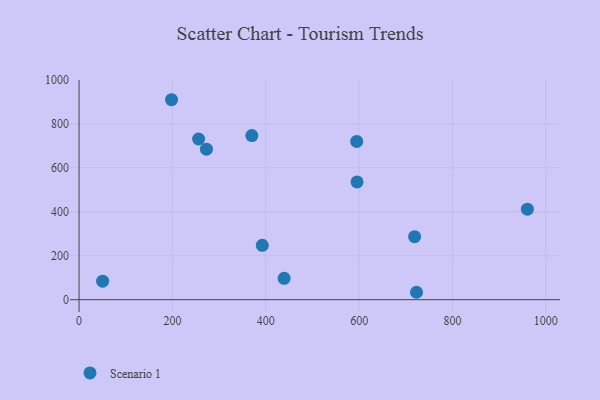
{"axis": {"x": "Ad Spend", "y": "Demand"}, "legend": ["Scenario 1"], "data": [{"x": "439.3", "y": 97.5, "type": "Scenario 1"}, {"x": "256.1", "y": 731.4, "type": "Scenario 1"}, {"x": "392.5", "y": 247.4, "type": "Scenario 1"}, {"x": "370.2", "y": 747.1, "type": "Scenario 1"}, {"x": "594.8", "y": 720.6, "type": "Scenario 1"}, {"x": "960.4", "y": 412.1, "type": "Scenario 1"}, {"x": "722.9", "y": 33.8, "type": "Scenario 1"}, {"x": "718.8", "y": 287.0, "type": "Scenario 1"}, {"x": "50.5", "y": 84.4, "type": "Scenario 1"}, {"x": "595.5", "y": 536.2, "type": "Scenario 1"}, {"x": "198.1", "y": 910.2, "type": "Scenario 1"}, {"x": "272.9", "y": 685.2, "type": "Scenario 1"}]}